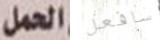
الحمل سافعل